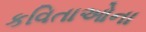
કવિતાઓના